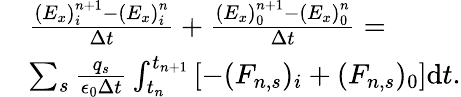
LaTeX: \begin{array}{rl}&{\frac{\left(E_{x}\right)_{i}^{n+1}-\left(E_{x}\right)_{i}^{n}}{\Delta t}+\frac{\left(E_{x}\right)_{0}^{n+1}-\left(E_{x}\right)_{0}^{n}}{\Delta t}=}\\ &{\sum_{s}\frac{q_{s}}{\epsilon_{0}\Delta t}\int_{t_{n}}^{t_{n+1}}\left[-(F_{n,s})_{i}+(F_{n,s})_{0}\right]\mathrm{d}t.}\end{array}